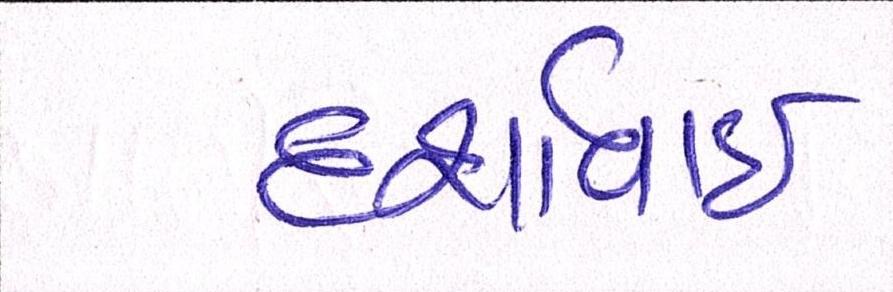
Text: દર્શાવાઈ